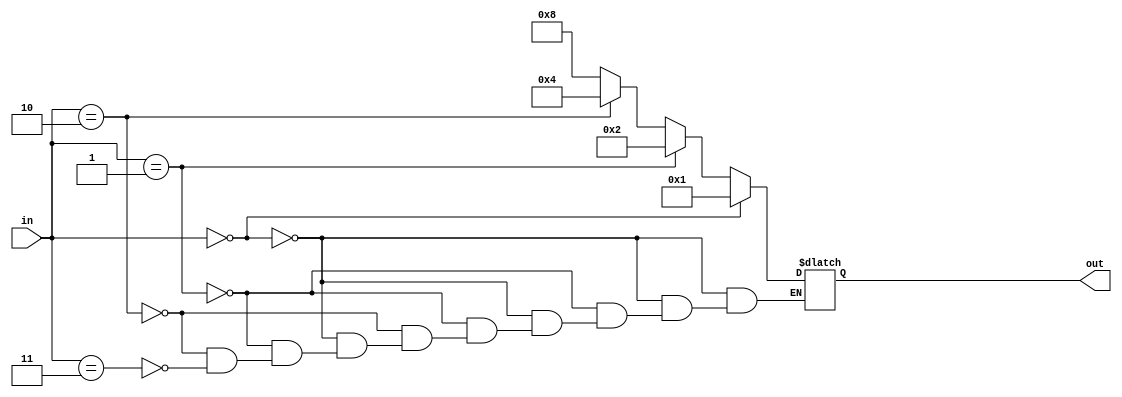
`timescale 1ns / 1ps
//////////////////////////////////////////////////////////////////////////////////
// Company: 
// Engineer: 
// 
// Design Name: 
// Module Name: decoder_procedural
// Project Name: 
// Target Devices: 
// Tool Versions: 
// Description: 
// 
// Dependencies: 
// 
// Revision:
// Revision 0.01 - File Created
// Additional Comments:
// 
//////////////////////////////////////////////////////////////////////////////////


module decoder_procedural(
    input [1:0] in,
    output reg[3:0] out
    );
    
    // folosind if-uri imbricate
    always @(*) begin
        if (in == 2'b00) begin
            out = 4'b0001;
        end else if (in == 2'b01) begin
            out = 4'b0010;
        end else if (in == 2'b10) begin
            out = 4'b0100;
        end else if (in == 2'b11) begin
            out = 4'b1000;
        end
    end
    
    // sau folosind case:
    
//    always @(*) begin
//        case (in)
//            2'b00: out = 4'b0001;
//            2'b01: out = 4'b0010;
//            2'b10: out = 4'b0100;
//            default: out = 4'b1000;
//        endcase
//    end

endmodule